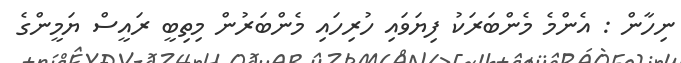
ނިހާން : އެންމެ މެންބަރަކު ފިޔަވައި ހުރިހައި މެންބަރުން މިތިބީ ރައީސް ޔަމީންގެ